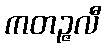
ကတဉ္ဇလီ